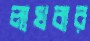
লাখবার